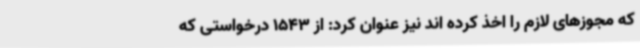
که مجوزهای لازم را اخذ کرده اند نیز عنوان کرد: از 1543 درخواستی که